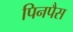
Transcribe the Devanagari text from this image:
पिनपैस